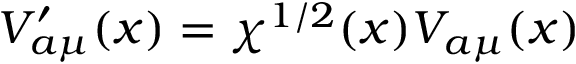
V _ { a \mu } ^ { \prime } ( x ) = \chi ^ { 1 / 2 } ( x ) V _ { a \mu } ( x )